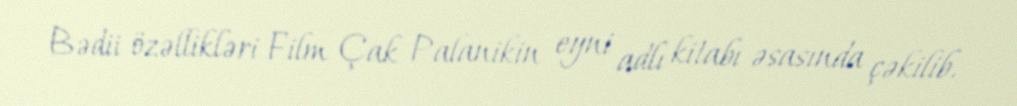
Bədii özəllikləri Film Çak Palanikin eyni adlı kitabı əsasında çəkilib.